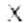
X